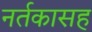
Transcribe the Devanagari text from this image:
नर्तकासह